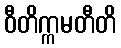
ဝီတိက္ကမတီတိ